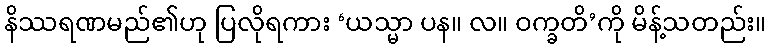
နိဿရဏမည်၏ဟု ပြလိုရကား ‘ယသ္မာ ပန။ လ။ ဝက္ခတိ’ကို မိန့်သတည်း။